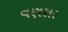
વણસર